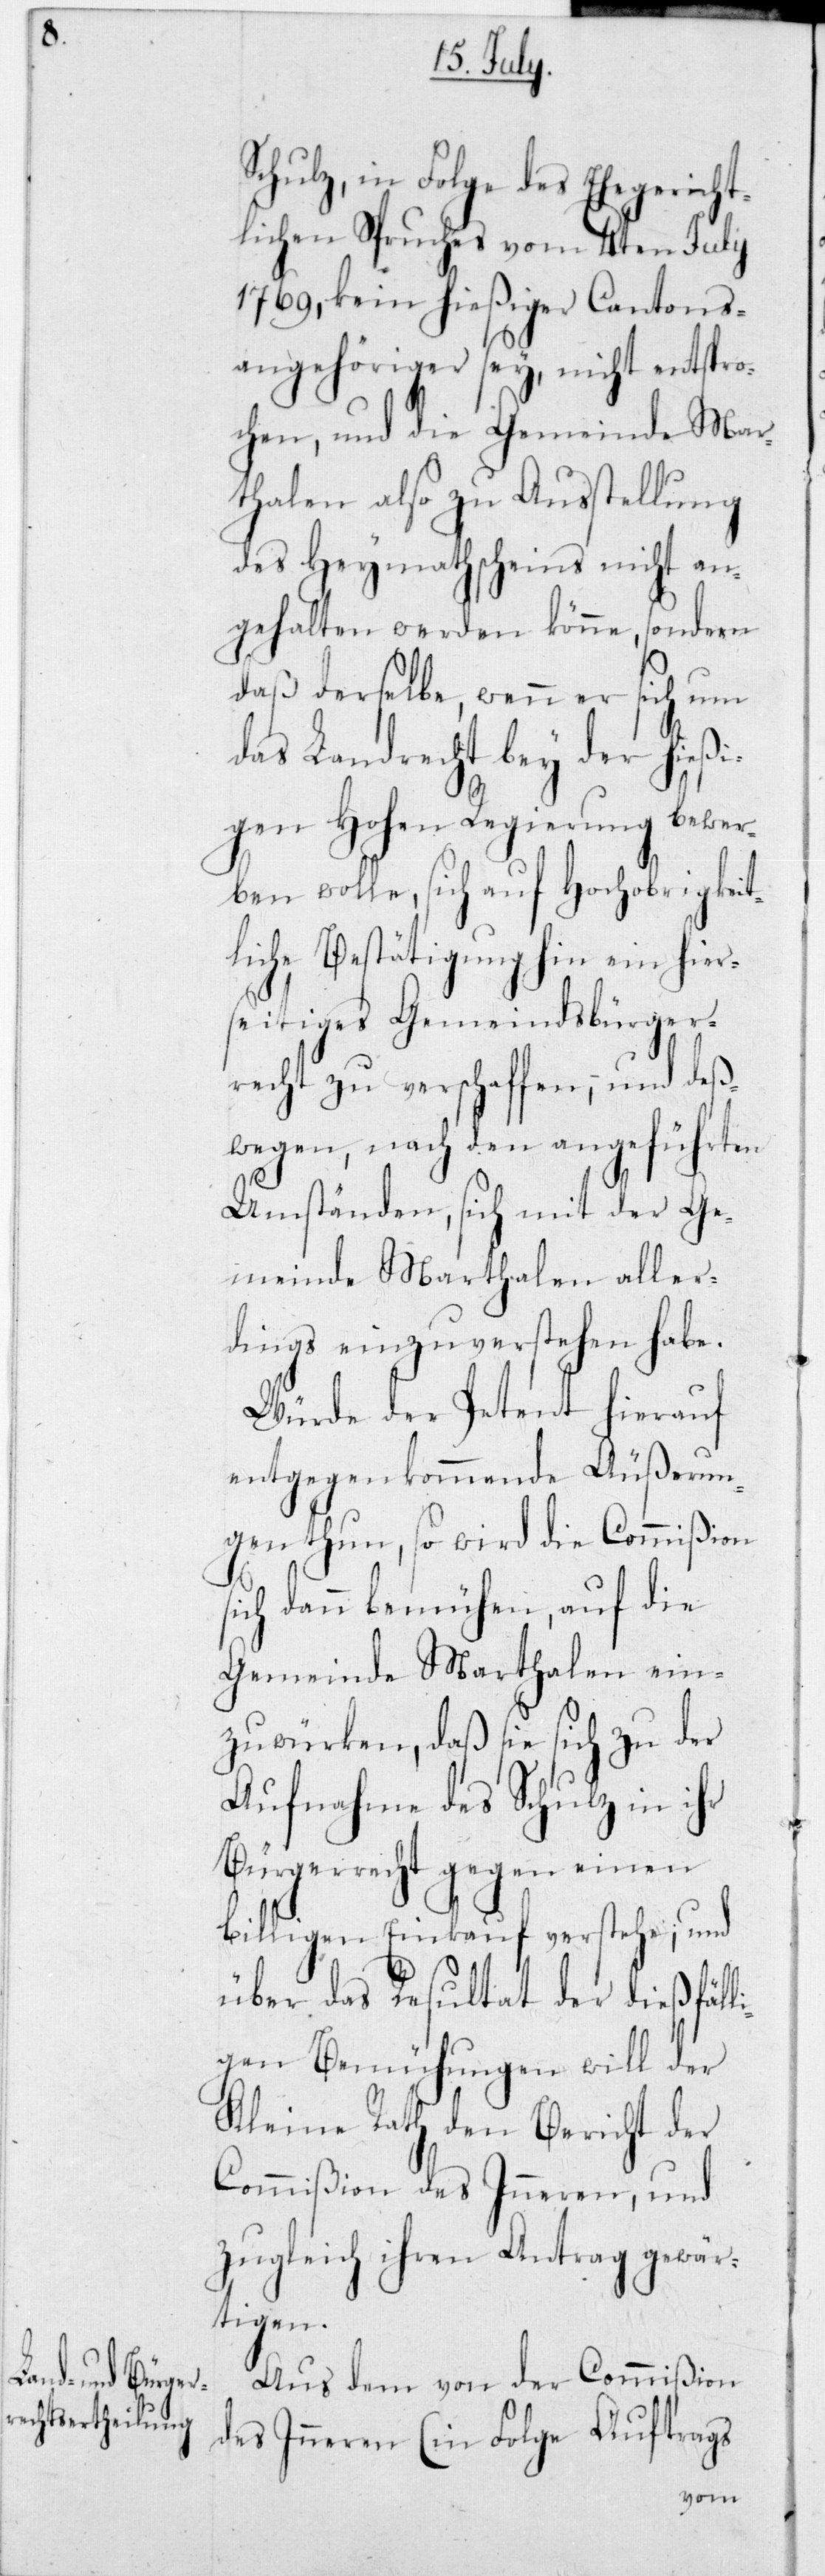
Schulz, in Folge des Ehegericht¬
lichen Spruches vom 4ten July
1769, kein hießiger Cantons¬
angehöriger sey, nicht entspro¬
chen, und die Gemeinde Ma¬
rthalen also zu Ausstellung
des Heymathscheines nicht an¬
gehalten werden könne, sondern
daß derselbe, wenn er sich um
das Landrecht bey der hießi¬
gen Hohen Regierung bewer¬
ben wolle, sich auf Hochobrigkeit¬
liche Bestätigung hin ein hier¬
seitiges Gemeindsbürger¬
recht zu verschaffen, und de¬
ßwegen, nach den angeführten
Umständen, sich mit der Ge¬
ler¬
meinde Marthalen al¬
dings einzuverstehen habe.
Würde der Petent hierauf
entgegenkommende Äußerun¬
gen thun, so wird die Com¬
sich dann bemühen, auf die
Gemeinde Marthalen
zuwürken, daß sie sich zu der
Aufnahme des Schulz in
Bürgerrecht gegen einen
billigen Einkauf verstehe; und
über das Resultat der dießfäll¬
igen Bemühungen will der
Kleine Rath den Bericht der
Commißion des Inneren, und
zugleich ihren Antrag gewär¬
tigen.
Aus dem von der Commißion
des Inneren (in Folge Auftrags
ein¬